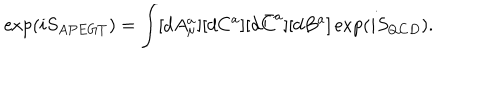
\exp ( i S _ { A P E G T } ) = \int [ d A _ { \mu } ^ { a } ] [ d C ^ { a } ] [ d \bar { C } ^ { a } ] [ d B ^ { a } ] \exp ( i S _ { Q C D } ) .